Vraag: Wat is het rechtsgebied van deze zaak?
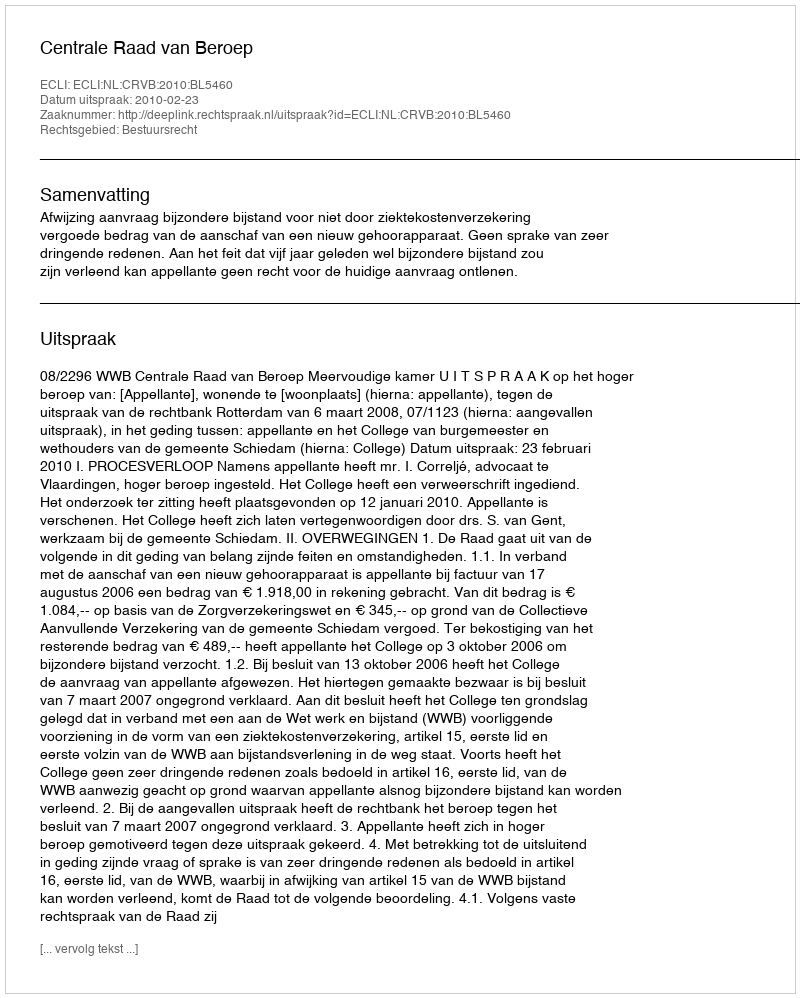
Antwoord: Bestuursrecht